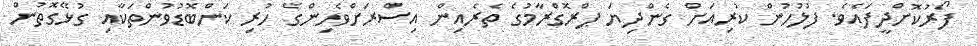
ފޯރުކޮށްދީފައެވެ. ފުލުހުން ކުރިއަށް ގެންދިޔަ ޕްރޮގްރާމުގެ ތެރެއިން އިސްރަށްވެހިންގެ ހުރި ކަންބޮޑުވުންތަކާއި ގުޅޭގޮތުން